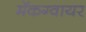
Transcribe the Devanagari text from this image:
मॅकग्वायर